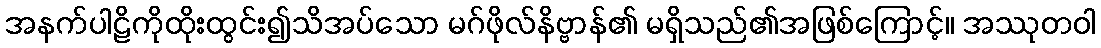
အနက်ပါဠိကိုထိုးထွင်း၍သိအပ်သော မဂ်ဖိုလ်နိဗ္ဗာန်၏ မရှိသည်၏အဖြစ်ကြောင့်။ အဿုတဝါ